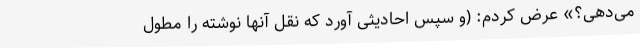
می‌دهی؟» عرض کردم: ‌(‌و سپس احادیثی آورد که نقل آنها نوشته را مطول